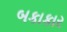
બકાકાર